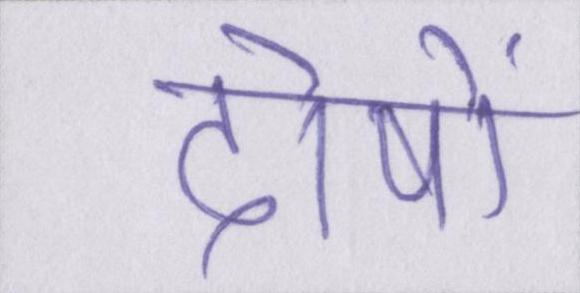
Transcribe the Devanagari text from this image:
दोषों